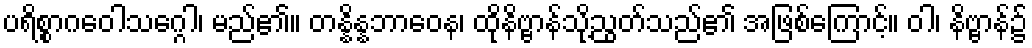
ပရိစ္စာဂဝေါသဂ္ဂေါ၊ မည်၏။ တန္နိန္နဘာဝေန၊ ထိုနိဗ္ဗာန်သို့ညွတ်သည်၏ အဖြစ်ကြောင့်။ ဝါ၊ နိဗ္ဗာန်၌